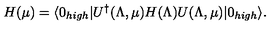
H ( \mu ) = \langle 0 _ { h i g h } | U ^ { \dagger } ( \Lambda , \mu ) H ( \Lambda ) U ( \Lambda , \mu ) | 0 _ { h i g h } \rangle .